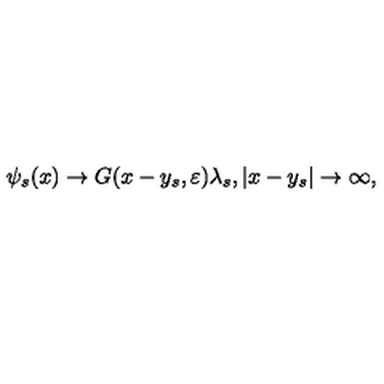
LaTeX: \psi _ { s } ( x ) \rightarrow G ( x - y _ { s } , \varepsilon ) \lambda _ { s } , | x - y _ { s } | \rightarrow \infty , ~